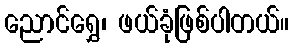
ညောင်ရွှေ၊ ဖယ်ခုံဖြစ်ပါတယ်။